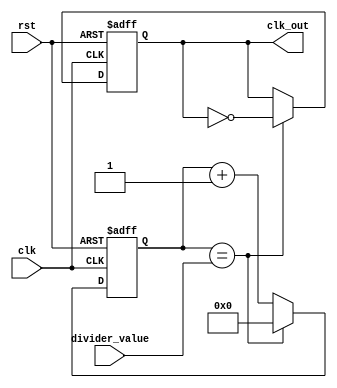
module clock_divider (
  input clk,
  input rst,
  input [7:0] divider_value,
  output reg clk_out
);

reg [7:0] counter;

always @(posedge clk or posedge rst) begin
  if (rst) begin
    counter <= 0;
    clk_out <= 0;
  end else begin
    if (counter == divider_value) begin
      counter <= 0;
      clk_out <= ~clk_out;
    end else begin
      counter <= counter + 1;
    end
  end
end

endmodule